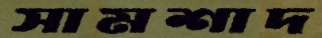
সামশাদ